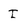
Character: I